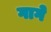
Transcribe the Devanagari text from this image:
गागे